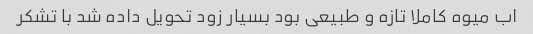
اب میوه کاملا تازه و طبیعی بود بسیار زود تحویل داده شد با تشکر